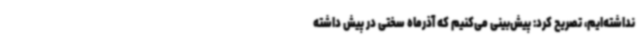
نداشته‌ایم، تصریح کرد: پیش‌بینی می‌کنیم که آذرماه سختی در پیش داشته